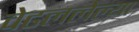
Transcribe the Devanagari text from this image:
वेढललेल्या